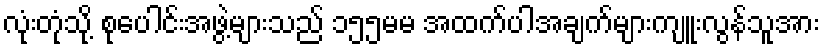
လုံးတုံသို့ စုပေါင်းအဖွဲ့များသည် ၁၅၅မမ အထက်ပါအချက်များကျူးလွန်သူအား